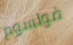
فولسوم